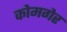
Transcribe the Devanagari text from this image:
कोमगेर